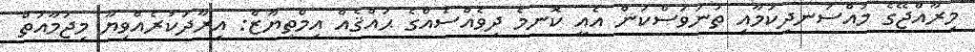
މިރާއްޖޭގެ މުއްސަނދިކަމާއި ތަނަވަސްކަން އެއީ ކޮނމެ ދިވެއްސެއްގެ ޙައްޤެއް އިމްތިޔާޒް: އިރާދަކުރެއްވިޔާ މިޖަަމާއަތް